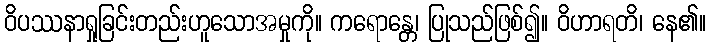
ဝိပဿနာရှုခြင်းတည်းဟူသောအမှုကို။ ကရောန္တေ၊ ပြုသည်ဖြစ်၍။ ဝိဟာရတိ၊ နေ၏။